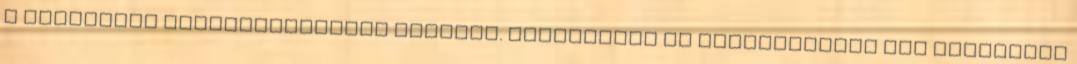
a korrupció kiküszöbölésére irányul. géndopping Az örökítőanyag DNS megfelelő